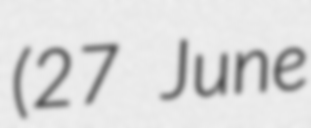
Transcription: (27 June